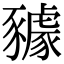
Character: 𧲋